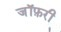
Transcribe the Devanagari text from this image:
जॉफ़री